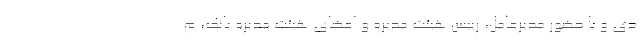
دی و با حضور مدیرعامل، رییس هیئت مدیره و اعضای هیئت مدیره بانک، م